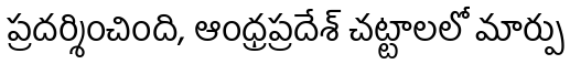
ప్రదర్శించింది, ఆంధ్రప్రదేశ్ చట్టాలలో మార్పు